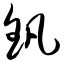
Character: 钒